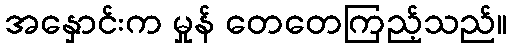
အနှောင်းက မှုန် တေတေကြည့်သည်။